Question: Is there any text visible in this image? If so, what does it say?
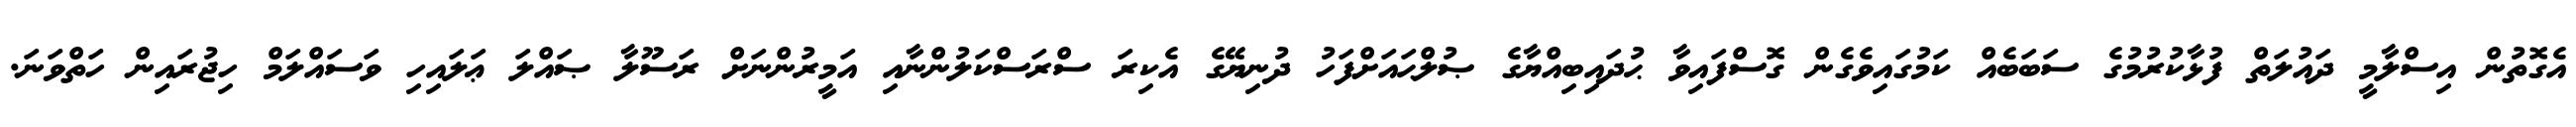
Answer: އެގޮތުން އިސްލާމީ ދައުލަތް ފުޅާކުރުމުގެ ސަބަބެއް ކަމުގައިވެގެން ގޮސްފައިވާ ޙުދައިބިއްޔާގެ ޞުލްޙައަށްފަހު ދުނިޔޭގެ އެކިރަ ސްރަސްކަލުންނާއި އަމީރުންނަށް ރަސޫލާ ޞައްލަ ޢަލައިހި ވަސައްލަމް ހިޖުރައިން ހަތްވަނަ.